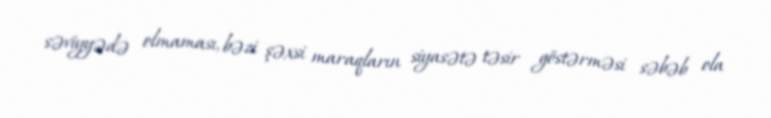
səviyyədə olmaması, bəzi şəxsi maraqların siyasətə təsir göstərməsi səbəb ola